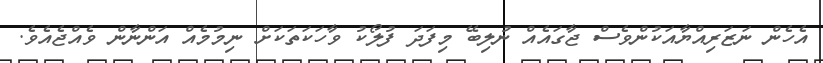
އެހެން ނަޒަރިއްޔާއަކުންވެސް ޖާގައެއް ނުލިބޭ މިފަދަ ފުލޯކު ވާހަކަތަކަށް ނިމުމެއް އަންނާން ވެއްޖެއެވެ.